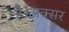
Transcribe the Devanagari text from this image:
है।अक्सर